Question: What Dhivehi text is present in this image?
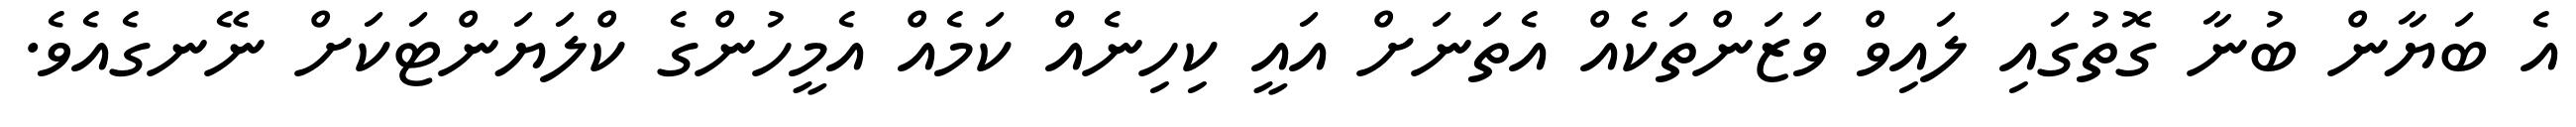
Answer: އެ ބަޔާން ބުނާ ގޮތުގައި ލައިވް ވަޒަންތަކެއް އެތަނަށް އައީ ކިހިނެއް ކަމެއް އެމީހުންގެ ކްލަޔަންޓަކަށް ނޭނގެއެވެ.